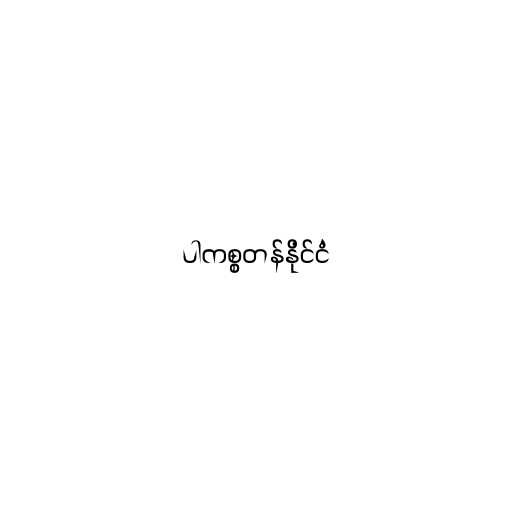
ပါကစ္စတန်နိုင်ငံ